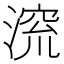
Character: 𪶷